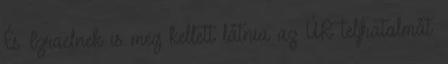
És Izraelnek is meg kellett látnia az ÚR teljhatalmát.